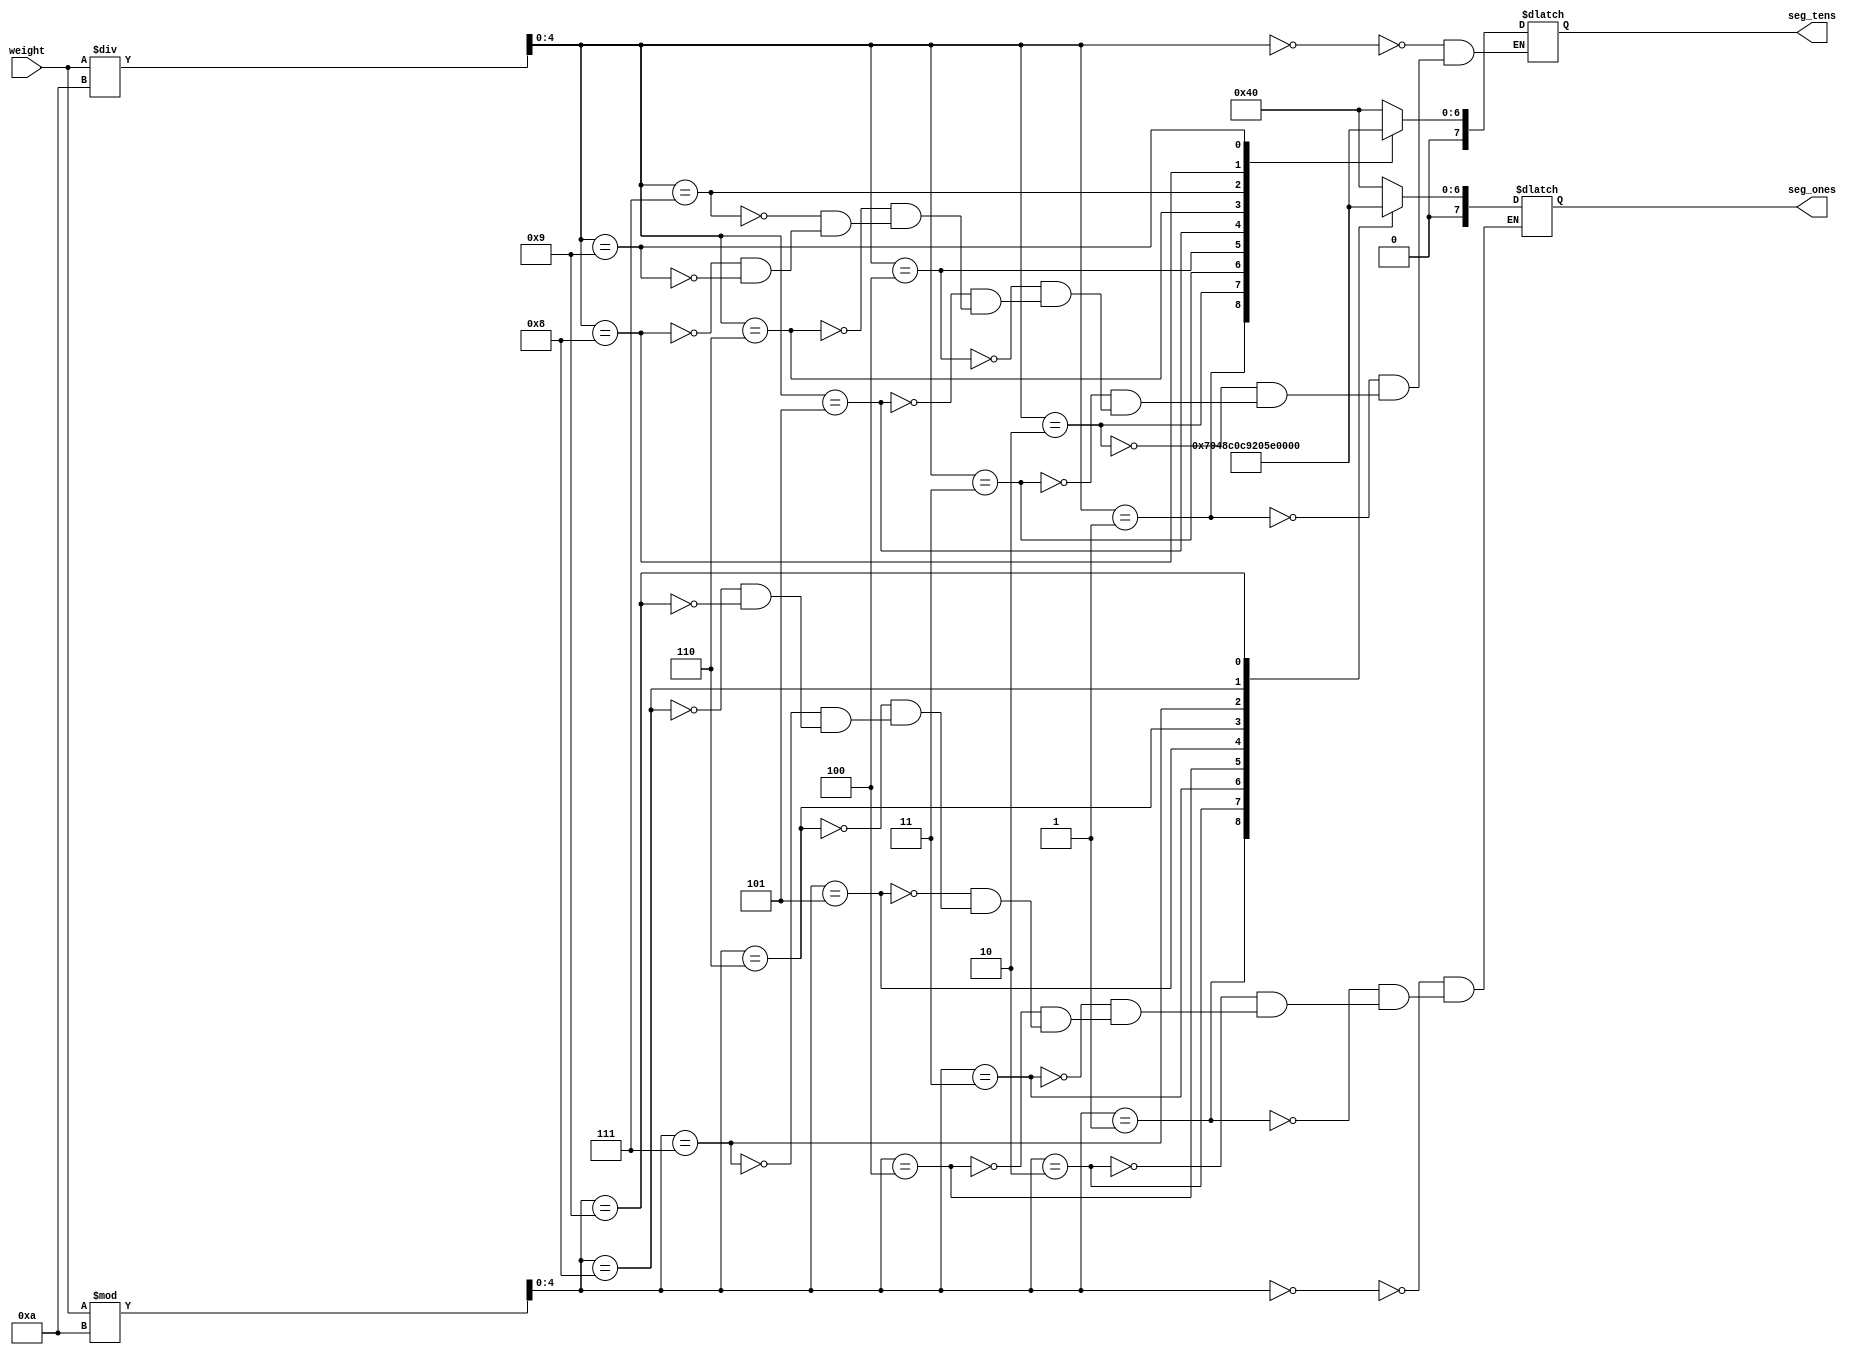
`timescale 1ns / 1ps
//////////////////////////////////////////////////////////////////////////////////
// Company: 
// Engineer: 
// 
// Design Name: 
// Module Name: show_weight
// Project Name: 
// Target Devices: 
// Tool Versions: 
// Description: 
// 
// Dependencies: 
// 
// Revision:
// Revision 0.01 - File Created
// Additional Comments:
// 
//////////////////////////////////////////////////////////////////////////////////


module show_weight(
    input [31:0] weight,
    output reg [7:0] seg_tens,
    output reg [7:0] seg_ones
    );
    wire [4:0] tens_place = weight / 10;
    wire [4:0] ones_place = weight % 10;
    always @ (*) begin
        case (tens_place)
            0: begin
                seg_tens <= 7'b1000000;
            end
            1: begin
                seg_tens <= 7'b1111001;
            end
            2: begin
                seg_tens <= 7'b0100100;
            end
            3: begin
                seg_tens <= 7'b0110000;
            end
            4: begin
                seg_tens <= 7'b0011001;
            end
            5: begin
                seg_tens <= 7'b0010010;
            end
            6: begin
                seg_tens <= 7'b0000010;
            end
            7: begin
                seg_tens <= 7'b1111000;
            end
            8: begin
                seg_tens <= 7'b0000000;
            end
            9: begin
                seg_tens <= 7'b0010000;
            end
        endcase
        case (ones_place)
            0: begin
                seg_ones <= 7'b1000000;
            end
            1: begin
                seg_ones <= 7'b1111001;
            end
            2: begin
                seg_ones <= 7'b0100100;
            end
            3: begin
                seg_ones <= 7'b0110000;
            end
            4: begin
                seg_ones <= 7'b0011001;
            end
            5: begin
                seg_ones <= 7'b0010010;
            end
            6: begin
                seg_ones <= 7'b0000010;
            end
            7: begin
                seg_ones <= 7'b1111000;
            end
            8: begin
                seg_ones <= 7'b0000000;
            end
            9: begin
                seg_ones <= 7'b0010000;
            end
        endcase
    end   
endmodule